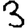
Digit: 3